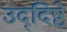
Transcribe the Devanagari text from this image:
उद्‌दिष्टे